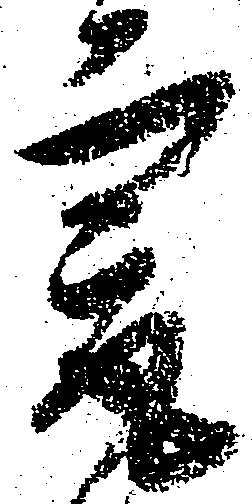
最